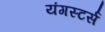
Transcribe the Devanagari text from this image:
यंगस्टर्स